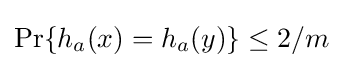
\Pr\{h_{a}(x)=h_{a}(y)\}\leq 2/m